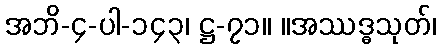
အဘိ-၄-ပါ-၁၄၃၊ ဋ္ဌ-၇၁။ ။အဿဒ္ဓသုတ်၊